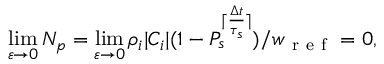
\operatorname* { l i m } _ { \varepsilon \to 0 } N _ { p } = \operatorname* { l i m } _ { \varepsilon \to 0 } \rho _ { i } | C _ { i } | ( 1 - P _ { s } ^ { \lceil \frac { \Delta t } { \tau _ { s } } \rceil } ) / w _ { \mathrm { ~ r ~ e ~ f ~ } } = 0 ,